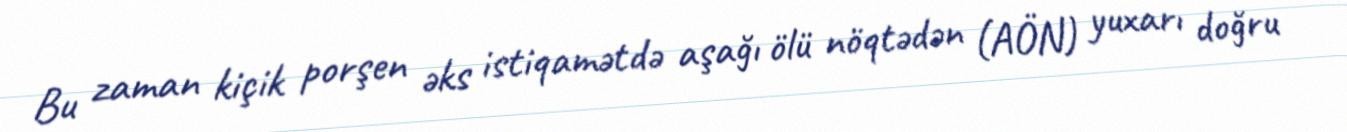
Bu zaman kiçik porşen əks istiqamətdə aşağı ölü nöqtədən (AÖN) yuxarı doğru